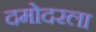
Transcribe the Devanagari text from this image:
दमोदरला